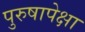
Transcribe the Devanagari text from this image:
पुरुषापेक्षा